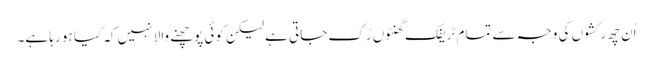
اُن چھ رکشوں کی وجہ سے تمام ٹریفک گھنٹوں رُک جاتی ہے لیکن کوئی پوچھنے والا نہیں کہ کیا ہو رہا ہے۔